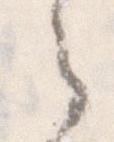
之